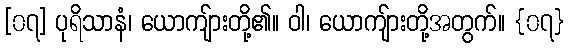
[၀၇] ပုရိသာနံ၊ ယောကျ်ားတို့၏။ ဝါ၊ ယောကျ်ားတို့အတွက်။ {၀၇}